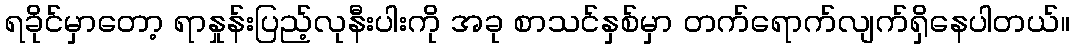
ရခိုင်မှာတော့ ရာနှုန်းပြည့်လုနီးပါးကို အခု စာသင်နှစ်မှာ တက်ရောက်လျက်ရှိနေပါတယ်။